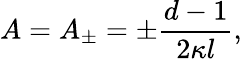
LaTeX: A=A_{\pm}=\pm\frac{d-1}{2\kappa l},